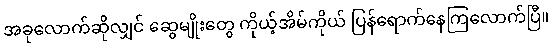
အခုလောက်ဆိုလျှင် ဆွေမျိုးတွေ ကိုယ့်အိမ်ကိုယ် ပြန်ရောက်နေကြလောက်ပြီ။